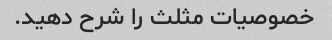
خصوصیات مثلث را شرح دهید.